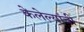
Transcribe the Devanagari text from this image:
केलेल्यांची